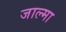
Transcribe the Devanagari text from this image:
जाल्मा